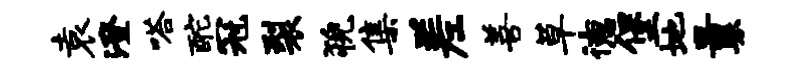
袁澄嗒酡冠裂猊集差善草德堡地曩